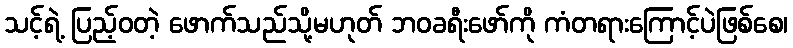
သင့်ရဲ့ ပြည့်ဝတဲ့ ဖောက်သည်သို့မဟုတ် ဘဝခရီးဖော်ကို ကံတရားကြောင့်ပဲဖြစ်စေ၊